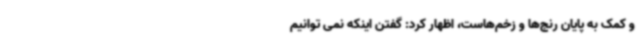
و کمک به پایان رنج‌ها و زخم‌هاست، اظهار کرد: گفتن اینکه نمی توانیم